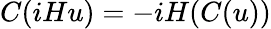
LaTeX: C(iHu)=-iH(C(u))